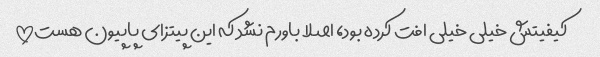
کیفیتش خیلی خیلی افت کرده بود، اصلا باورم نشد که این پیتزای پاپیون هست!!!